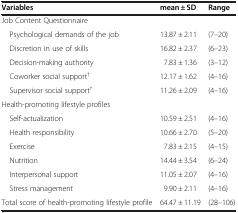
<table><thead><tr><td><b>Variables</b></td><td><b>mean ± SD</b></td><td><b>Range</b></td></tr></thead><tbody><tr><td>Job Content Questionnaire</td><td> </td><td> </td></tr><tr><td> Psychological demands of the job</td><td>13.87 ± 2.11</td><td>(7–20)</td></tr><tr><td> Discretion in use of skills</td><td>16.82 ± 2.37</td><td>(6–23)</td></tr><tr><td> Decision-making authority</td><td>7.83 ± 1.36</td><td>(3–12)</td></tr><tr><td> Coworker social support<sup>†</sup></td><td>12.17 ± 1.62</td><td>(4–16)</td></tr><tr><td> Supervisor social support<sup>†</sup></td><td>11.26 ± 2.09</td><td>(4–16)</td></tr><tr><td>Health-promoting lifestyle profiles</td><td> </td><td> </td></tr><tr><td> Self-actualization</td><td>10.59 ± 2.51</td><td>(4–16)</td></tr><tr><td> Health responsibility</td><td>10.66 ± 2.70</td><td>(5–20)</td></tr><tr><td> Exercise</td><td>7.83 ± 2.15</td><td>(4–15)</td></tr><tr><td> Nutrition</td><td>14.44 ± 3.54</td><td>(6–24)</td></tr><tr><td> Interpersonal support</td><td>11.05 ± 2.07</td><td>(4–16)</td></tr><tr><td> Stress management</td><td>9.90 ± 2.11</td><td>(4–16)</td></tr><tr><td>Total score of health-promoting lifestyle profile</td><td>64.47 ± 11.19</td><td>(28–106)</td></tr></tbody></table>